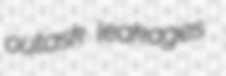
outask leakages